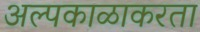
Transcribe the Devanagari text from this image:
अल्पकाळाकरता